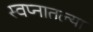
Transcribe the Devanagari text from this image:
स्वप्नातल्या